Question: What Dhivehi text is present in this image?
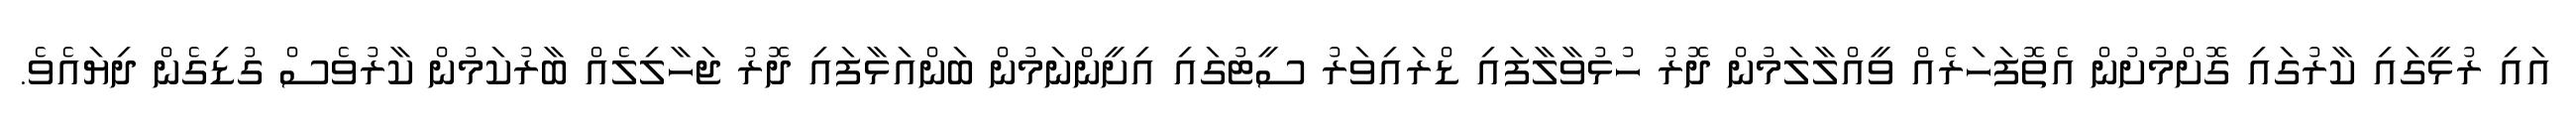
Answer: އައި ރުޅީގައި ކާރުގައި ގޮށްމުށުން އެތޮފަހަރެއް ވީއްލާލަމުން ދޮރު ހުޅުވާލާފައި ޑްރައިވަރު ސީޓުގައި އިށީންނަމުން ބަންއަޅާފައި ދޮރު ޖަހާލިލެއް ބާރުކަމުން ކާރުވެސް ގުޑިގެން ދިޔައެވެ.